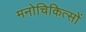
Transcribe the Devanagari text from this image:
मनोचिकित्सों